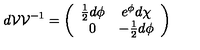
d { \cal { V } } { \cal { V } } ^ { - 1 } = \left( \begin{array} { c c } { \frac { 1 } { 2 } d \phi } & { e ^ { \phi } d \chi } \\ { 0 } & { - \frac { 1 } { 2 } d \phi } \\ \end{array} \right)